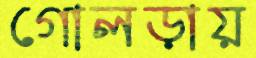
গোলড়ায়